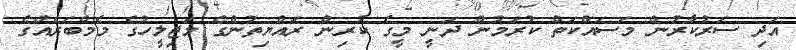
އަދި ސަރުކާރުން މަސައްކަތް ކުރަމުން ދަނީ މީގެ ކުރިން ރައްޔިތުންގެ މަޖިލީހުގެ މެމްބަރެއްގެ